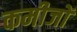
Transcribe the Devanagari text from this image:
कमीजों